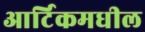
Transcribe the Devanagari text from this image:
आर्टिकमधील